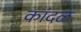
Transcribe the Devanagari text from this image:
कांदळ